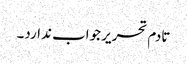
تادم تحریر جواب ندارد۔